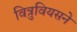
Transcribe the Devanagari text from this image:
वित्रुवियसने